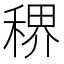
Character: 𬓳